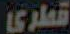
قطري